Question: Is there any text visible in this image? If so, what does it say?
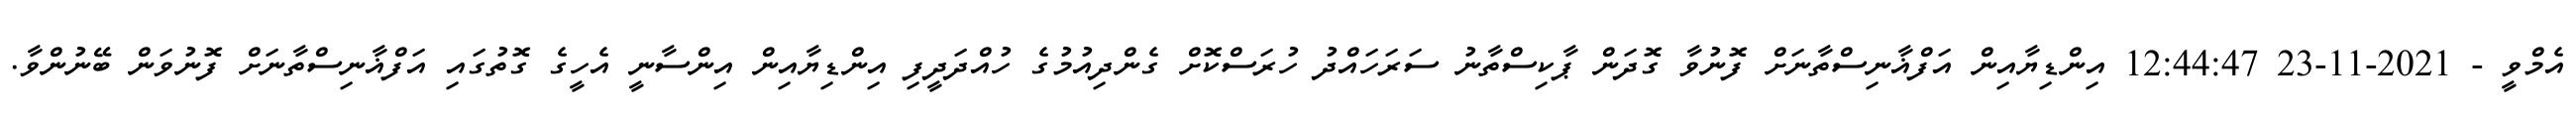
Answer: އެމްވީ - 2021-11-23 12:44:47 އިންޑިޔާއިން އަފްޣާނިސްތާނަށް ފޮނުވާ ގޮދަން ޕާކިސްތާނު ސަރަހައްދު ހުރަސްކޮށް ގެންދިއުމުގެ ހުއްދަދީފި އިންޑިޔާއިން އިންސާނީ އެހީގެ ގޮތުގައި އަފްޣާނިސްތާނަށް ފޮނުވަން ބޭނުންވާ.